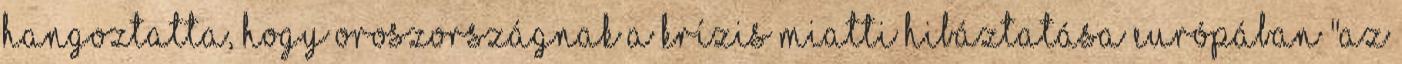
Hangoztatta, hogy Oroszországnak a krízis miatti hibáztatása Európában "az